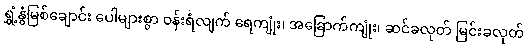
ရွှံ့နွံမြစ်ချောင်း ပေါများစွာ ဝန်းရံလျက် ရေကျုံး၊ အခြောက်ကျုံး၊ ဆင်ခလုတ် မြင်းခလုတ်